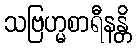
သဗြဟ္မစာရီနန္တိ